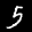
Label: 5